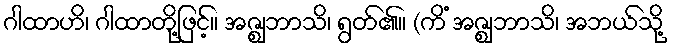
ဂါထာဟိ၊ ဂါထာတို့ဖြင့်။ အဇ္ဈဘာသိ၊ ရွတ်၏။ (ကိံ အဇ္ဈဘာသိ၊ အဘယ်သို့